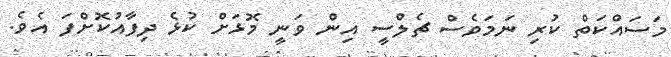
މަސައްކަތް ކުރި ނަމަވެސް ޗެލްސީ އިން ވަނީ މޮޅަށް ކުޅެ ދިފާއުކޮށްފަ އެވެ.